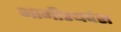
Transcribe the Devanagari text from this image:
भागीरथवंश